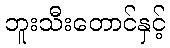
ဘူးသီးတောင်နှင့်